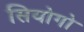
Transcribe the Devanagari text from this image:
सियोगो